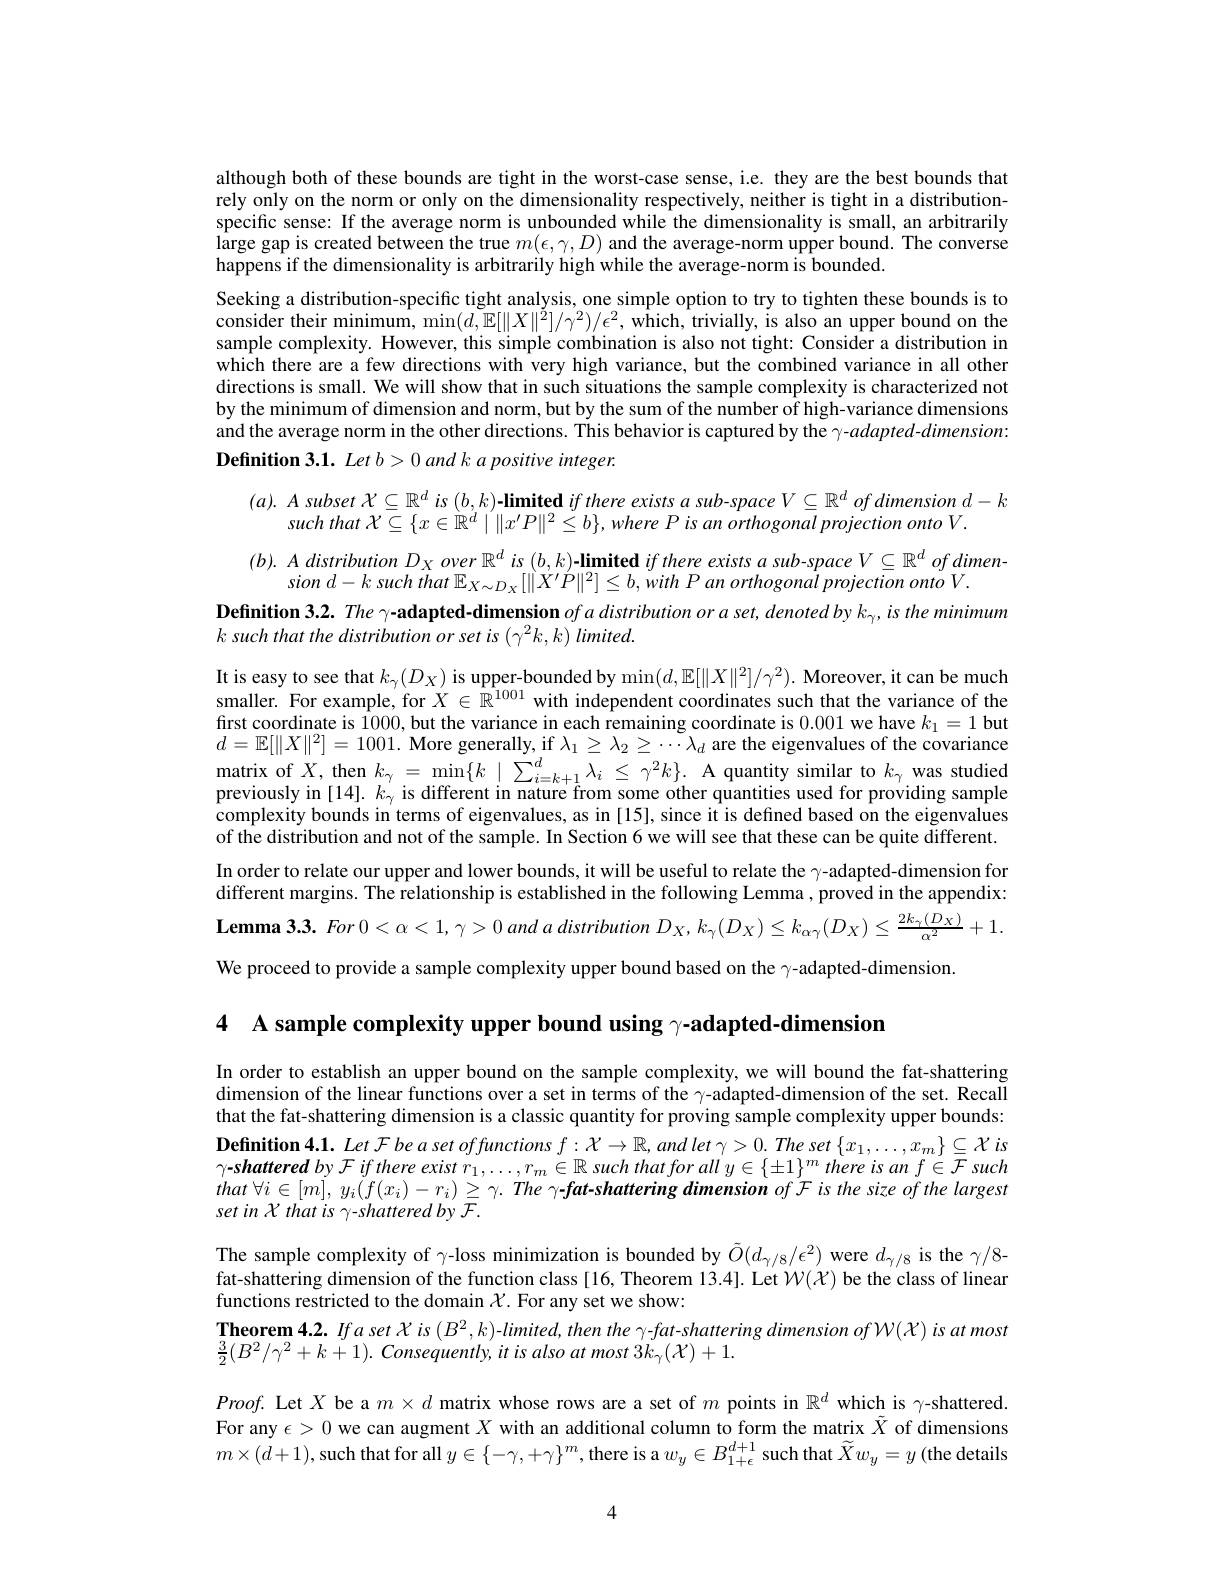
although both of these bounds are tight in the worst-case sense, i.e. they are the best bounds that rely only on the norm or only on the dimensionality respectively, neither is tight in a distributionspecific sense: If the average norm is unbounded while the dimensionality is small, an arbitrarily large gap is created between the true $m(\epsilon,\gamma,D)$ and the average-norm upper bound. The converse happens if the dimensionality is arbitrarily high while the average-norm is bounded.
Seeking a distribution-specific tight analysis, one simple option to try to tighten these bounds is to consider their minimum, $\min(d,\mathbb{E}[\|X\|^{\tilde{2}}]/\gamma^{2})/\epsilon^{2}$, which, trivially, is also an upper bound on the sample complexity. However, this simple combination is also not tight: Consider a distribution in which there are a few directions with very high variance, but the combined variance in all other directions is small. We will show that in such situations the sample complexity is characterized not by the minimum of dimension and norm, but by the sum of the number of high-variance dimensions and the average norm in the other directions. This behavior is captured by the $\gamma$-adapted-dimension: Definition 3.1. Let b>0 and k a positive integer.

$(a).A$ subset $\mathcal{X}\subseteq\mathbb{R}^d$ is $(b,k)$-limited $if$ there exists a sub-space $V\subseteq\mathbb{R}^d$ of dimension $d-k$
such that $\bar{\mathcal{X} } \subseteq \{ x\in \mathbb{R} ^{d}\mid \| x^{\prime }P\| ^{2}\leq b\} , where$ $P$ $is$ $an$ orthogonal projection onto $V.$

$( b) . AdistributionD_Xover\mathbb{R} ^dis( b, k) \textbf{- limited }ifthereexistsasub$-space$V\subseteq\mathbb{R}^dofdimen$-
sion $d- k$ such that $\mathbb{E} _{X\sim D_{X}}[ \| \dot{X} ^{\prime }\dot{P} \| ^{2}] \leq b, \dot{w} ith$ $P$ $an$ orthogonai projection onto $V.$
$\textbf{Definition 3. 2. The }\gamma$-adapted-dimension ofa distribution or a set, denoted by $k_\gamma,is$ the minimum
It is easy to see that $k_\gamma(D_X)$ is upper-bounded by $\min(d,\mathbb{E}[\|X\|^2]/\gamma^2).$ Moreover, it can be much smaller. For example, for $X\in\mathbb{R}^{1001}$ with independent coordinates such that the variance of the first coordinate is 1000, but the variance in each remaining coordinate is 0.001 we have $k_1=1$ but $d=\mathbb{E}[\|X\|^2]=1001.$ More generally, if $\lambda_1\geq\lambda_2\geq\cdots\lambda_d$ are the eigenvalues of the covariance matrix of $X$, then $k_\gamma=\operatorname*{min}\{k\mid\sum_{i=k+1}^d\lambda_i\leq\gamma^2k\}.$ A quantity similar to $k_\gamma$ was studied previously in $[14].k_{\gamma}$ is different in nature from some other quantities used for providing sample complexity bounds in terms of eigenvalues, as in [15], since it is defined based on the eigenvalues of the distribution and not of the sample. In Section 6 we will see that these can be quite different. In order to relate our upper and lower bounds, it will be useful to relate the $\gamma$-adapted-dimension for different margins. The relationship is established in the following Lemma , proved in the appendix: Lemma 3.3. For $0<\alpha<1,\gamma>0$ and $a$ distribution $D_X,k_\gamma(D_X)\leq k_{\alpha\gamma}(D_X)\leq\frac{2k_{\gamma}(D_X)}{\alpha^2}+1.$ We proceed to provide a sample complexity upper bound based on the $\gamma$-adapted-dimension

4 A sample complexity upper bound using $\gamma$-adapted-dimension

In order to establish an upper bound on the sample complexity, we will bound the fat-shattering dimension of the linear functions over a set in terms of the $\gamma$-adapted-dimension of the set. Recall that the fat-shattering dimension is a classic quantity for proving sample complexity upper bounds: Definition 4.1. Let F be a set offunctions $f:\mathcal{X}\to\mathbb{R}$, and let $\gamma>0.$ The set $\{x_1,\ldots,x_m\}\subseteq\mathcal{X}$ is $\gamma-shatteredby\mathcal{F}ifthereexistr_1,\ldots,r_m\in\mathbb{R}$ such that for all $y\in\{\pm1\}^m$ there is an $f\in\mathcal{F}$ such that $\forall i\in [ m] $, $y_{i}( f( x_{i}) - r_{i}) \geq \gamma .$ The $\gamma$-fat-shattering dimension of F is the size of the largest set in X that is γ-shattered by F.
The sample complexity of $\gamma$-loss minimization is bounded by $\tilde{O}(d_{\gamma/8}/\epsilon^{2})$ were $d_\gamma/8$ is the $\gamma/8$- fat-shattering dimension of the function class[16, Theorem 13.4]. Let $\mathcal{W}(\mathcal{X})$ be the class of linear functions restricted to the domain $\chi$.For any set we show:
Theorem 4.2. Ifa set $X$ is $(B^2,k)$-limited, then the \gamma-fat-shattering dimension of W(X) is at most
$\frac{3}{2}(B^{2}/\gamma^{2}+k+1).$ Consequently, it is also at most $3k_{\gamma}(\mathcal{X})+1.$
$Proof.$ Let $X$ be a $m\times d$ matrix whose rows are a set of $m$ points in $\mathbb{R}^d$ which is $\gamma$-shattered. For any $\epsilon>0$ we can augment $X$ with an additional column to form the matrix $\tilde{X}$ of dimensions $m\times(\tilde{d}+1)$,such that for all $y\in\{-\gamma,+\gamma\}^m$,there is a $w_y\in B_1+\epsilon^{d+1}$ such that $\widetilde{X}w_y=y$ (the details

4